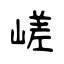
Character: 嵯